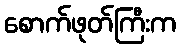
စောက်ဖုတ်ကြီးက